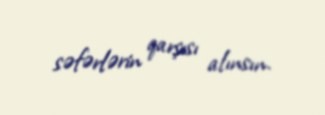
səfərlərin qarşısı alınsın.